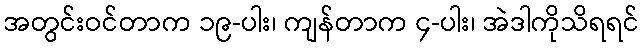
အတွင်းဝင်တာက ၁၉-ပါး၊ ကျန်တာက ၄-ပါး၊ အဲဒါကိုသိရရင်